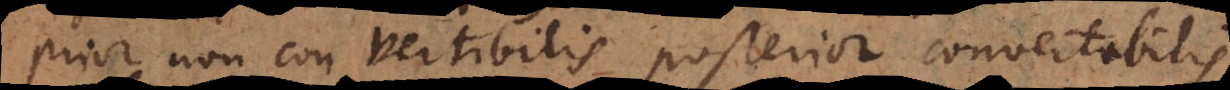
prior non convertibilis, posterior convertibilis,